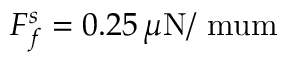
F _ { f } ^ { s } = 0 . 2 5 \, \mu \mathrm { N / \ m u m }